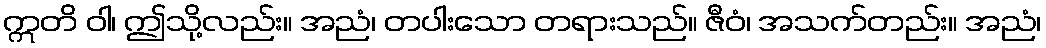
ဣတိ ဝါ၊ ဤသို့လည်း။ အညံ၊ တပါးသော တရားသည်။ ဇီဝံ၊ အသက်တည်း။ အညံ၊